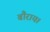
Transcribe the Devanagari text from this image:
बौराय।